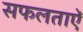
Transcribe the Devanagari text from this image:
सफलताऐं